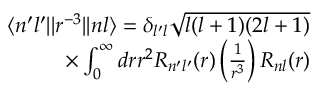
\begin{array} { r } { \langle n ^ { \prime } l ^ { \prime } | | r ^ { - 3 } | | n l \rangle = \delta _ { l ^ { \prime } l } \sqrt { l ( l + 1 ) ( 2 l + 1 ) } } \\ { \times \int _ { 0 } ^ { \infty } d r r ^ { 2 } R _ { n ^ { \prime } l ^ { \prime } } ( r ) \left( \frac { 1 } { r ^ { 3 } } \right) R _ { n l } ( r ) } \end{array}